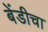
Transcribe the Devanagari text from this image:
बेंडीचा